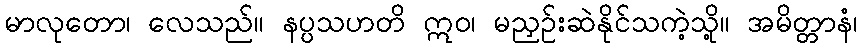
မာလုတော၊ လေသည်။ နပ္ပသဟတိ ဣဝ၊ မညှဉ်းဆဲနိုင်သကဲ့သို့။ အမိတ္တာနံ၊